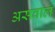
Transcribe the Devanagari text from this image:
असवाल